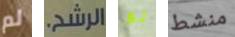
لم الرشح. لو منشط